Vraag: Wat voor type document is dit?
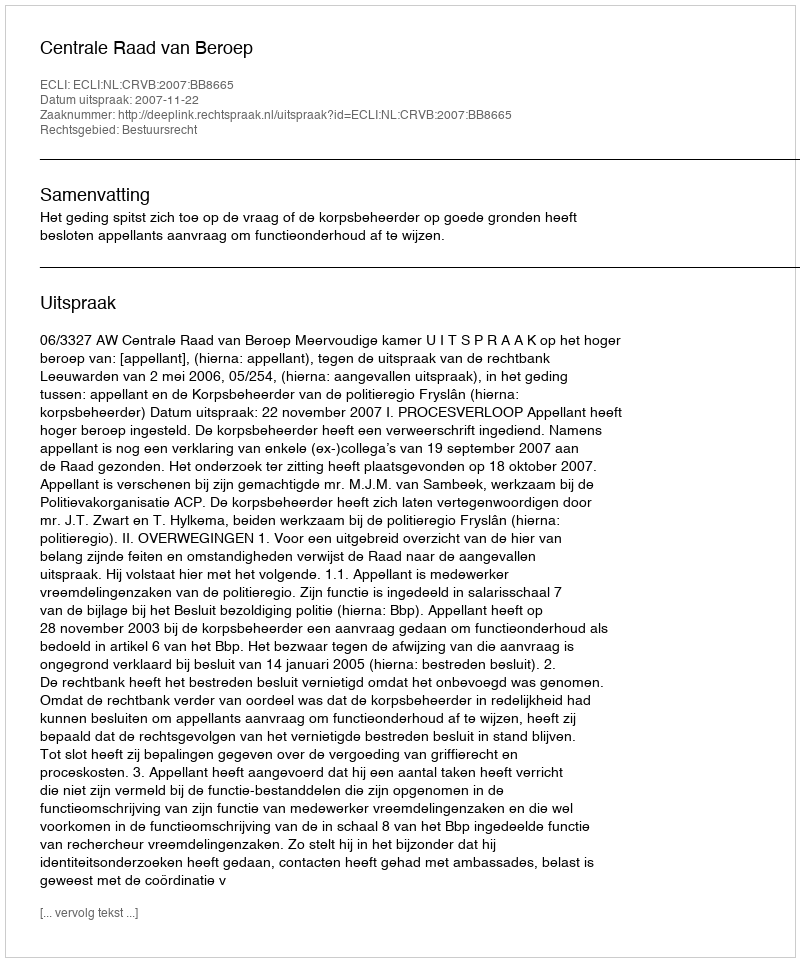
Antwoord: Uitspraak